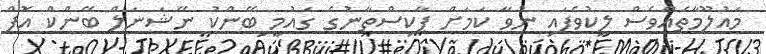
މައުލޫމާތެއްވެސް ލީކުވެފައި ނުވާ ކަމަށް ޕާކިސްތާނުގެ ގައުމީ ބޭންކު ނޭޝަނަލް ބޭންކް އޮފް